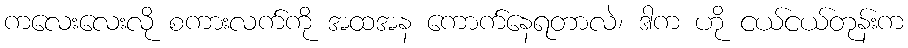
ကလေးလေးလို စကားလက်ကို အထအန ကောက်နေရတာလဲ၊ ဒါက ဟို ငယ်ငယ်တုန်းက